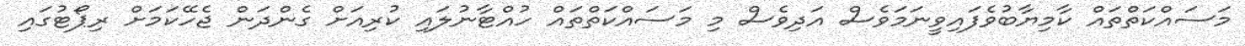
މަސައްކަތްތައް ކާމިޔާބުވެފައިވީނަމަވެސް އަދިވެސް މި މަސައްކަތްތައް ހުއްޓާނުލައި ކުރިއަށް ގެންދަން ޖެހޭކަމަށް ރިޕޯޓުގައި